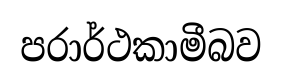
පරාර්ථකාමීබව